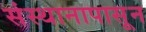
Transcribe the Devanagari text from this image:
संस्थानापासून